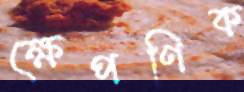
ক্ষেপণিক